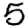
Digit: 5